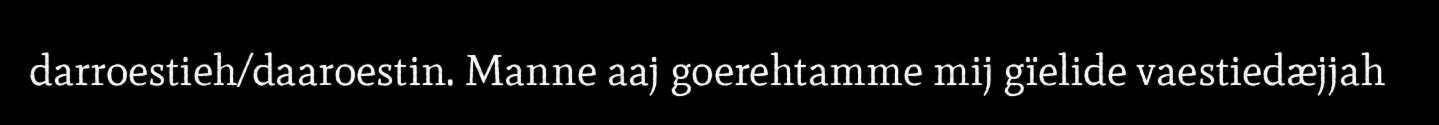
darroestieh/daaroestin. Manne aaj goerehtamme mij gïelide vaestiedæjjah